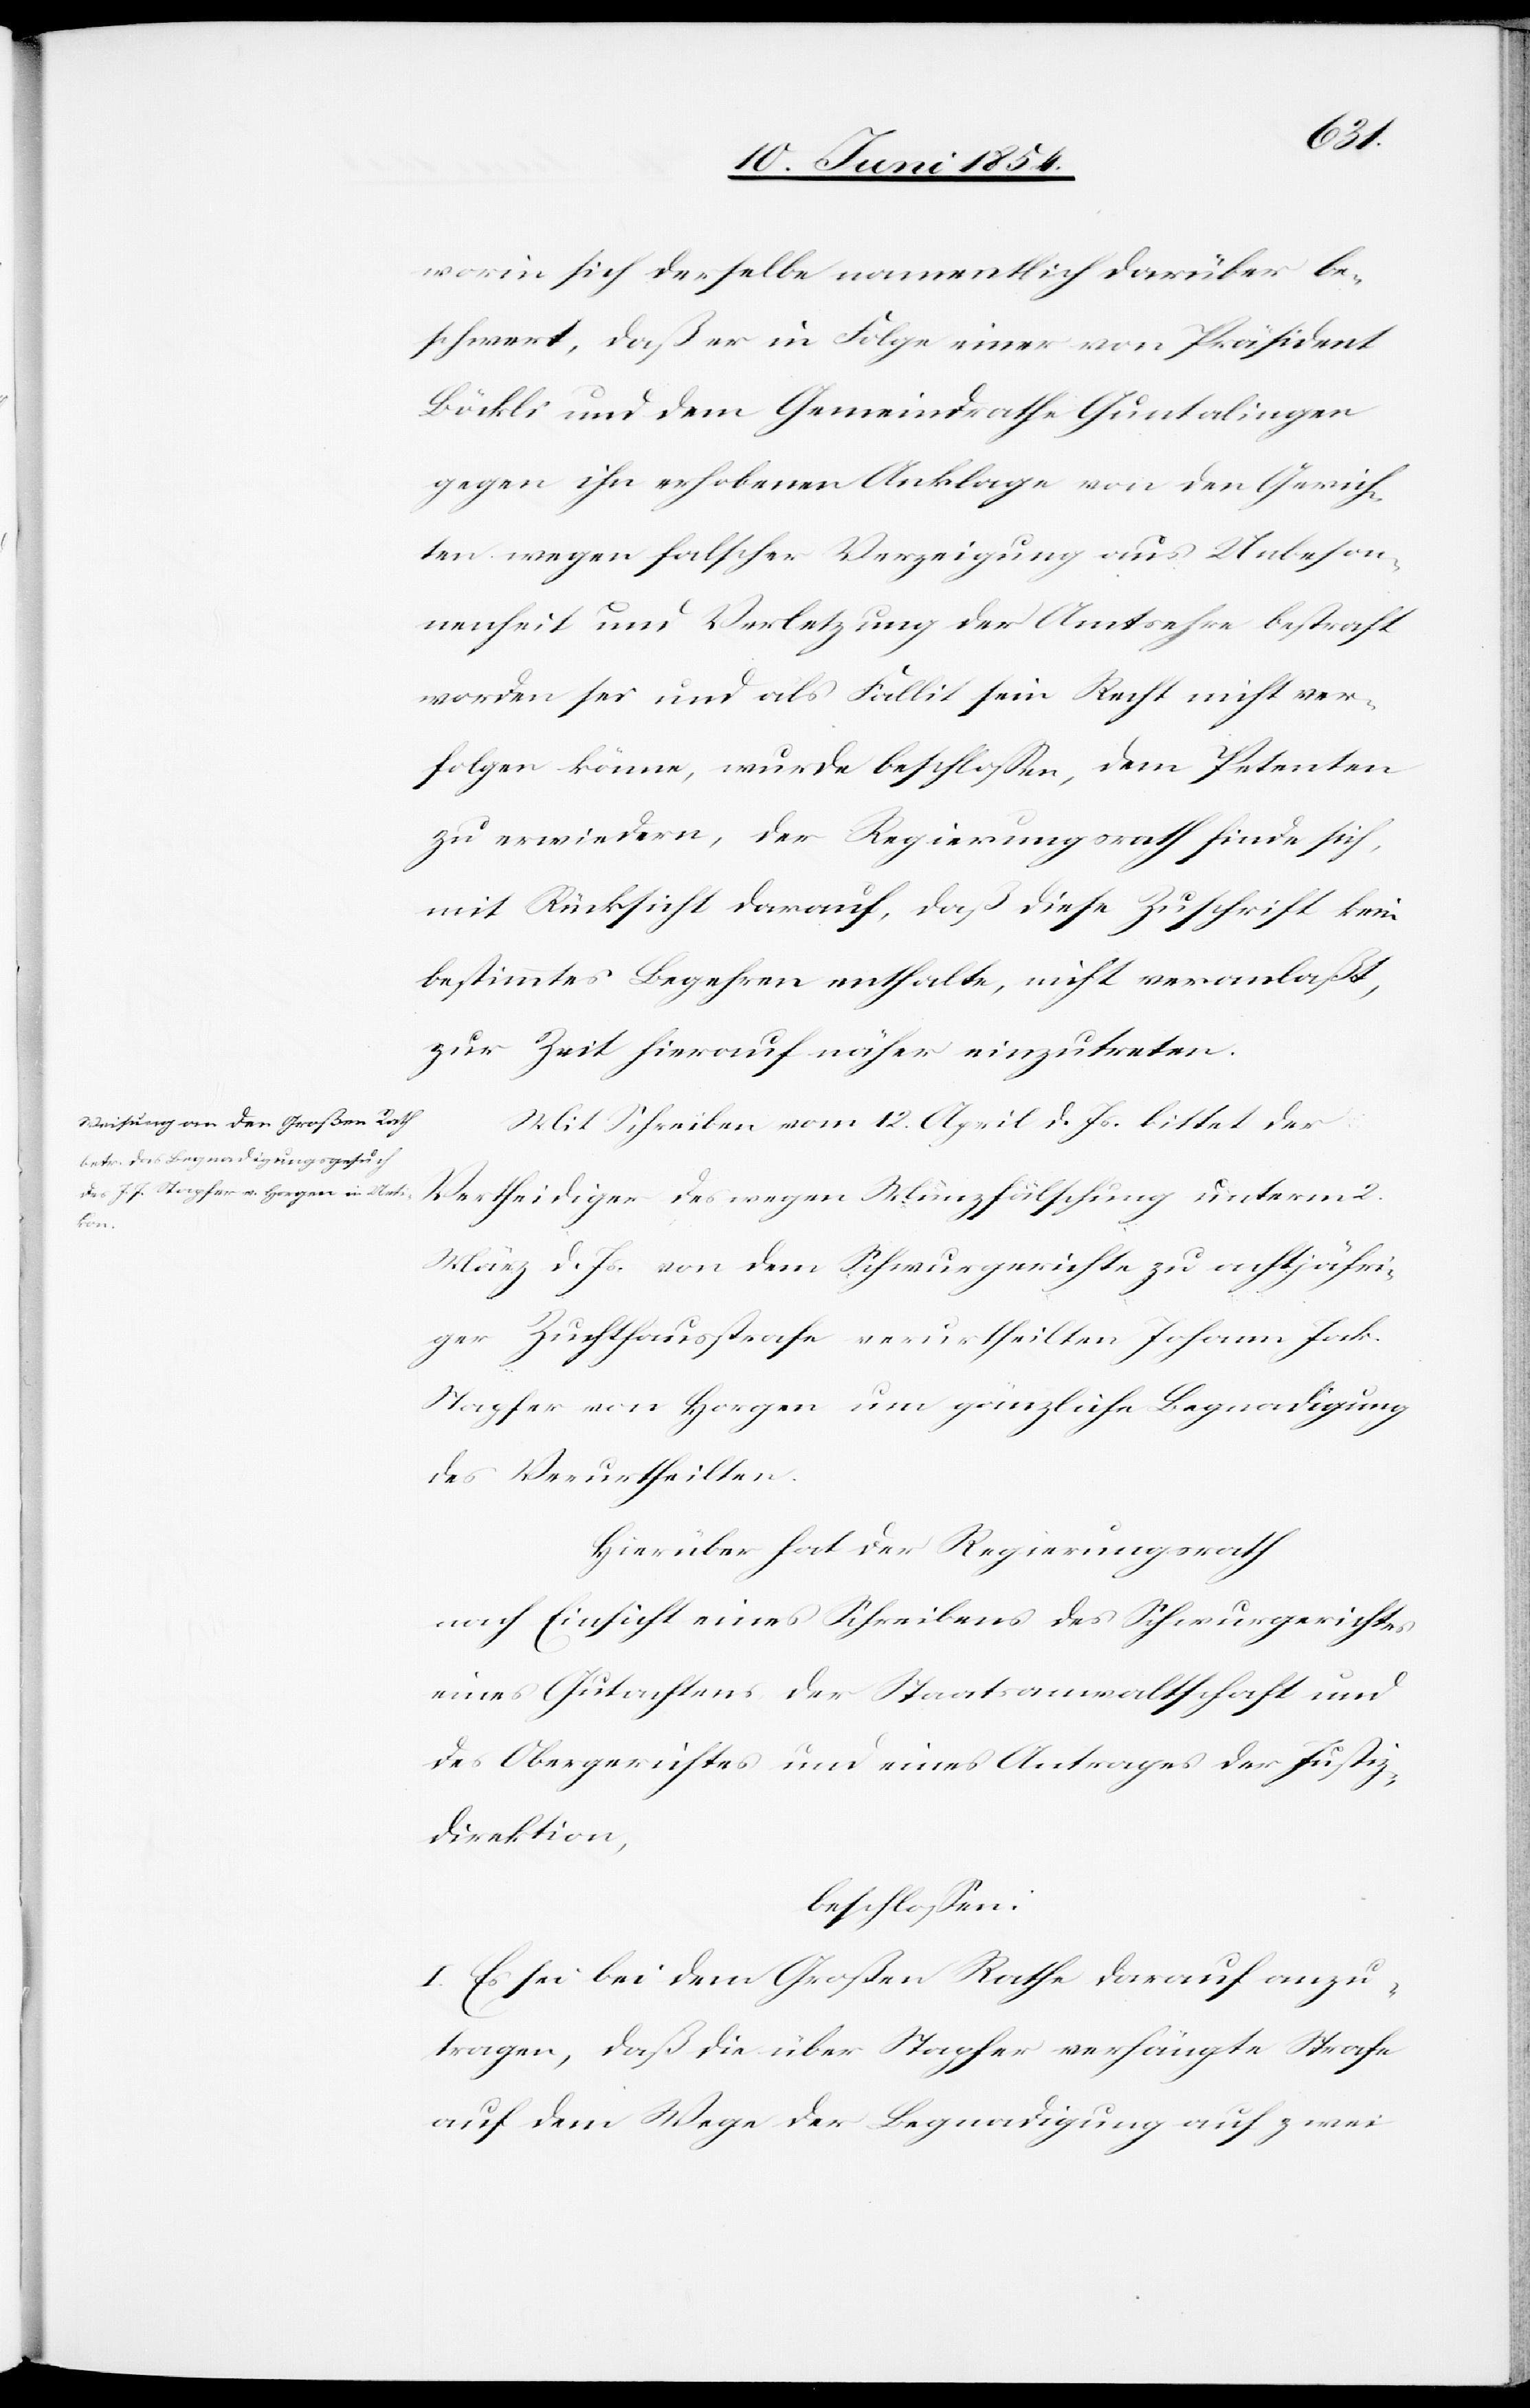
worin sich derselbe namentlich darüber be¬
schwert, daß er in Folge einer von Präsident
Böckli und dem Gemeindrathe Guntalingen
gegen ihn erhobenen Anklage von den Gerich¬
ten wegen falscher Verzeigung aus Unbeson¬
nenheit und Verletzung der Amtsehre bestraft
worden sei und als Fallit sein Recht nicht ver¬
folgen könne, wurde beschloßen, dem Petenten
zu erwiedern, der Regierungsrath finde sich,
mit Rücksicht darauf, daß diese Zuschrift kein
bestimmtes Begehren enthalte, nicht veranlaßt,
zur Zeit hierauf näher einzutreten.
Mit Schreiben vom 12. April d. Js. bittet der
Vertheidiger des wegen Münzfälschung unterm 2.
März d. Js. von dem Schwurgerichte zu achtjähri¬
ger Zuchthausstrafe verurtheilten Johann Jak.
Stapfer von Horgen um gänzliche Begnadigung
des Verurtheilten.
Hierüber hat der Regierungsrath
nach Einsicht eines Schreibens des Schwurgerichtes
eines Gutachtens der Staatsanwaltschaft und
des Obergerichtes und eines Antrages der Justiz¬
direktion,
beschloßen:
I. Es sei bei dem Großen Rathe darauf anzu¬
tragen, daß die über Stapfer verhängte Strafe
auf dem Wege der Begnadigung auf zwei